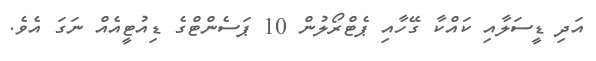
އަދި ޑީސަލާއި ކައްކާ ގޭހާއި ޕެޓްރޯލުން 10 ޕަސެންޓްގެ ޑިއުޓީއެއް ނަގަ އެވެ.